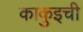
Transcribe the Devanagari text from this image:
काकुइची